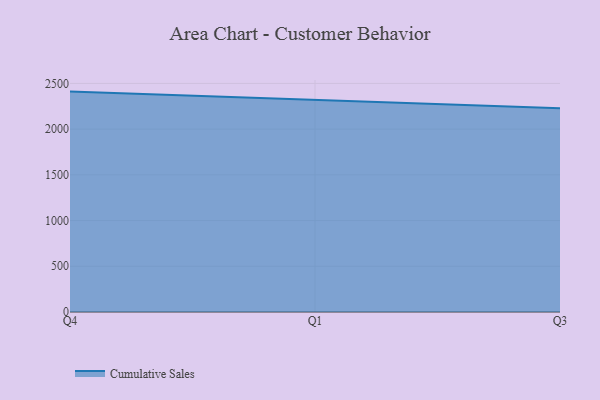
{"axis": {"x": "Quarter", "y": "Shipments"}, "legend": ["Cumulative Sales"], "data": [{"x": "Q4", "y": 2410.4, "type": "Cumulative Sales"}, {"x": "Q1", "y": 2318.4, "type": "Cumulative Sales"}, {"x": "Q3", "y": 2228.4, "type": "Cumulative Sales"}]}